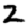
Digit: 2